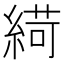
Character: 𦂭